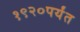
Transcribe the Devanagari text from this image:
१९२०पर्यंत